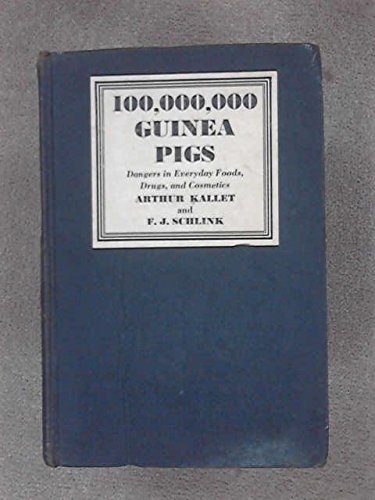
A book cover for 100,000,000 Guinea Pigs: Dangers in Everyday Foods, Drugs, and Cosmetics; Arthur Kallet; Health, Fitness & Dieting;